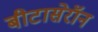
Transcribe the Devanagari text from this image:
बीटासेरॉन